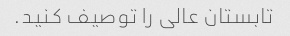
تابستان عالی را توصیف کنید.